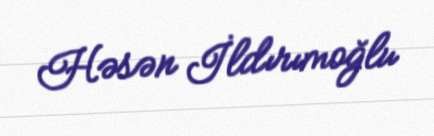
Həsən İldırımoğlu